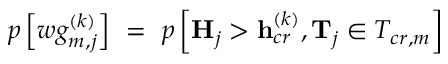
p \left[ w g _ { m , j } ^ { ( k ) } \right] \ = \ p \left[ \mathbf { H } _ { j } > \mathbf { h } _ { c r } ^ { ( k ) } , \mathbf { T } _ { j } \in T _ { c r , m } \right]